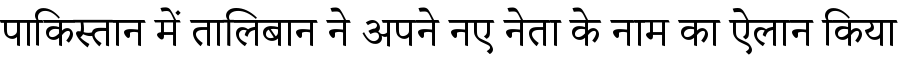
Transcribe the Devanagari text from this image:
पाकिस्तान में तालिबान ने अपने नए नेता के नाम का ऐलान किया